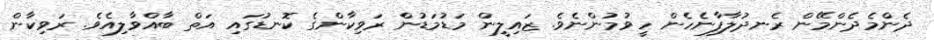
ދެންމެދެންމޭން ރެނދުލާފާނެހެން ހީވުމުންނެވެ. ޒައިލީން މަޑުމަޑުން ރަވިކާންގެ ކޮނޑުގައި އަތް ބާއްވާލިއެވެ. ރަވިކާން